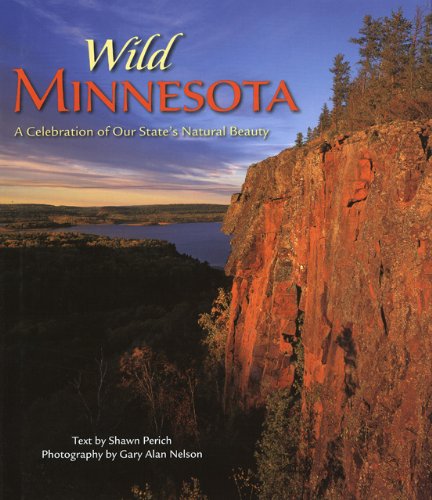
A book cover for Wild Minnesota; Shawn Perich; Travel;